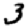
Digit: 3